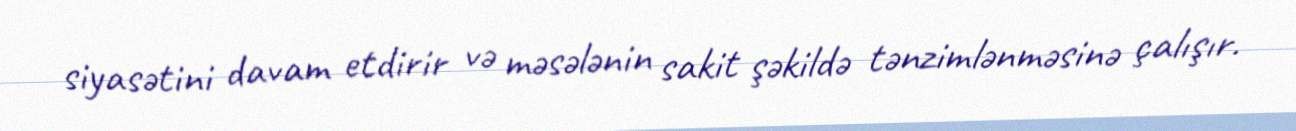
siyasətini davam etdirir və məsələnin sakit şəkildə tənzimlənməsinə çalışır.